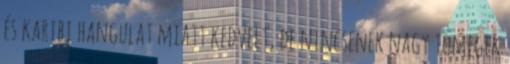
és karibi hangulat miatt kedvelt, de nincsenek nagy tömegek